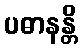
ပဓာနန္တိ